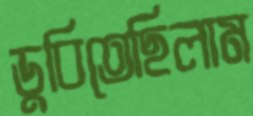
ডুবিতেছিলাম